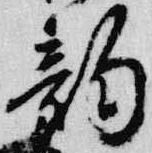
韵